Civil Veterinary Dept. Bombay admin report 1893-99 - 1893-1899
Year: 1893
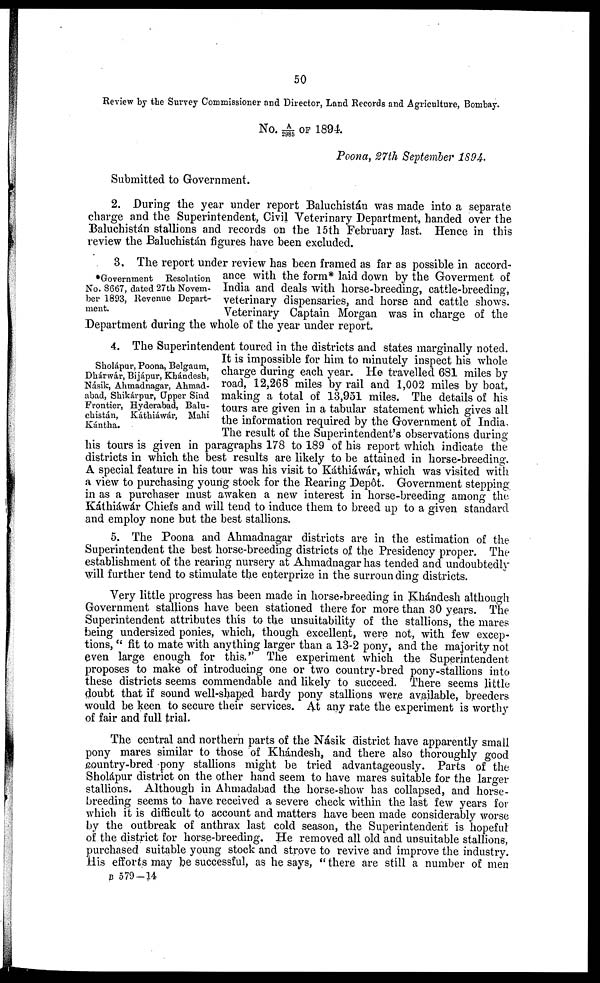
50
Review by the Survey Commissioner and Director, Land Records and Agriculture, Bombay.
No. A/2985 OF 1894.
Poona, 27th September 1894.
Submitted to Government.
2. During the year under report Baluchistán was made into a separate
charge and the Superintendent, Civil Veterinary Department, handed over the
Baluchistán stallions and records on the 15th February last. Hence in this
review the Baluchistán figures have been excluded.
*Government Resolution
No. 8667, dated 27th Novem-
ber 1893, Revenue Depart-
ment.
3. The report under review has been framed as far as possible in accord-
ance with the form* laid down by the Goverment of
India and deals with horse-breeding, cattle-breeding,
veterinary dispensaries, and horse and cattle shows.
Veterinary Captain Morgan was in charge of the
Department during the whole of the year under report.
Sholápur, Poona, Belgaum,
Dhárwár, Bijápur, Khándesh,
Násik, Ahmadnagar, Ahmad-
abad, Shikárpur, Upper Sind
Frontier, Hyderabad, Balu-
chistan, Kathiáwár, Mahi
Kántha.
4. The Superintendent toured in the districts and states marginally noted.
It is impossible for him to minutely inspect his whole
charge during each year. He travelled 681 miles by
road, 12,268 miles by rail and 1,002 miles by boat,
making a total of 13,951 miles. The details of his
tours are given in a tabular statement which gives all
the information required by the Government of India.
The result of the Superintendent's observations during
his tours is given in paragraphs 178 to 189 of his report which indicate the
districts in which the best results are likely to be attained in horse-breeding.
A special feature in his tour was his visit to Káthiáwár, which was visited with
a view to purchasing young stock for the Rearing Depôt. Government stepping
in as a purchaser must awaken a new interest in horse-breeding among the
Káthiáwár Chiefs and will tend to induce them to breed up to a given standard
and employ none but the best stallions.
5. The Poona and Ahmadnagar districts are in the estimation of the
Superintendent the best horse-breeding districts of the Presidency proper. The
establishment of the rearing nursery at Ahmadnagar has tended and undoubtedly
will further tend to stimulate the enterprize in the surrounding districts.
Very little progress has been made in horses-breeding in Khándesh although
Government stallions have been stationed there for more than 30 years. The
Superintendent attributes this to the unsuitability of the stallions, the mares
being undersized ponies, which, though excellent, were not, with few excep-
tions, "fit to mate with anything larger than a 13-2 pony, and the majority not
even large enough for this." The experiment which the Superintendent
proposes to make of introducing one or two country-bred pony-stallions into
these districts seems commendable and likely to succeed. There seems little
doubt that if sound well-shaped hardy pony stallions were available, breeders
would be keen to secure their services. At any rate the experiment is worthy
of fair and full trial.
The central and northern parts of the Násik district have apparently small
pony mares similar to those of Khándesh, and there also thoroughly good
country-bred pony stallions might be tried advantageously. Parts of the
Sholápur district on the other hand seem to have mares suitable for the larger
stallions. Although in Ahmadabad the horse-show has collapsed, and horse-
breeding seems to have received a severe check within the last few years for
which it is difficult to account and matters have been made considerably worse
by the outbreak of anthrax last cold season, the Superintendent is hopeful
of the district for horse-breeding. He removed all old and unsuitable stallions,
purchased suitable young stock and strove to revive and improve the industry.
His efforts may be successful, as he says, "there are still a number of men
B 579—14